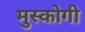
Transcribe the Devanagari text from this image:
मुस्कोगी